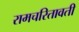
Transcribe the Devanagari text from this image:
रामचरितावती